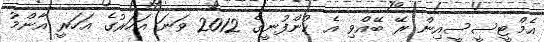
އެމްޓީސީސީއިން ރޭ ބޭއްވި އެ ކުންފުނީގެ 2012 ވަނަ އަހަރުގެ އަހަރީ އާންމު